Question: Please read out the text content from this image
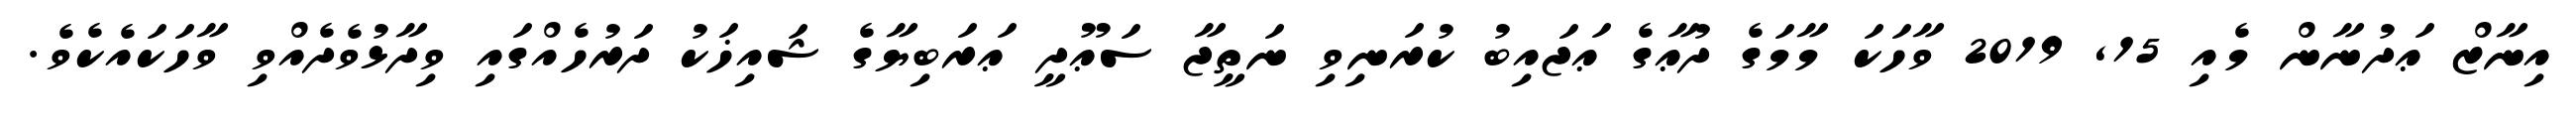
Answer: އިނާޒް ޢަދުނާން މެއި 15, 2019 ވާހަކަ މާމަގެ ދުޢާގެ ޢަޖައިބު ކުރަނިވި ނަތީޖާ ސަޢޫދީ ޢަރަބިޔާގެ ޝައިޚަކު ދަރުހެއްގައި ވިދާޅުވެދެއްވި ވާހަކައެކެވެ.